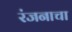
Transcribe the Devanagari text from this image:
रंजनाचा